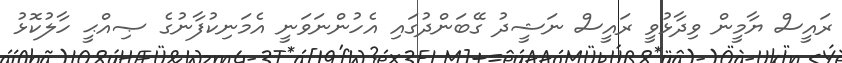
ރައީސް ޔާމީން ވިދާޅުވީ ރައީސް ނަޝީދު ގޭބަންދުގައި އެހުންނަވަނީ އެމަނިކުފާނުގެ ޞިއްޙީ ހާލުކޮޅު